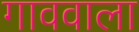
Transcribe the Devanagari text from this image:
गाववाला